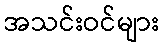
အသင်းဝင်များ